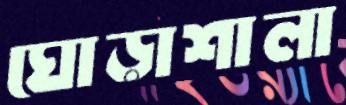
ঘোড়াশালা